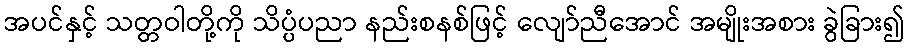
အပင်နှင့် သတ္တဝါတို့ကို သိပ္ပံပညာ နည်းစနစ်ဖြင့် လျော်ညီအောင် အမျိုးအစား ခွဲခြား၍